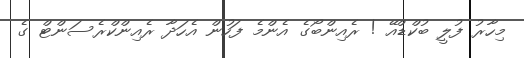
މިހާރު ފުލީ ބުކްޑްއޭ ! ރެއިންބޯގެ އެންމެ ފަހުން އެހަދާ ރެއިންކްރެސަންޓް ގެ